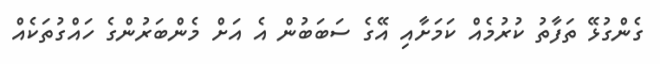
ގެންގުޅޭ ތަފާތު ކުރުމެއް ކަމަށާއި އޭގެ ސަބަބުން އެ އަށް މެންބަރުންގެ ހައްގުތަކެއް